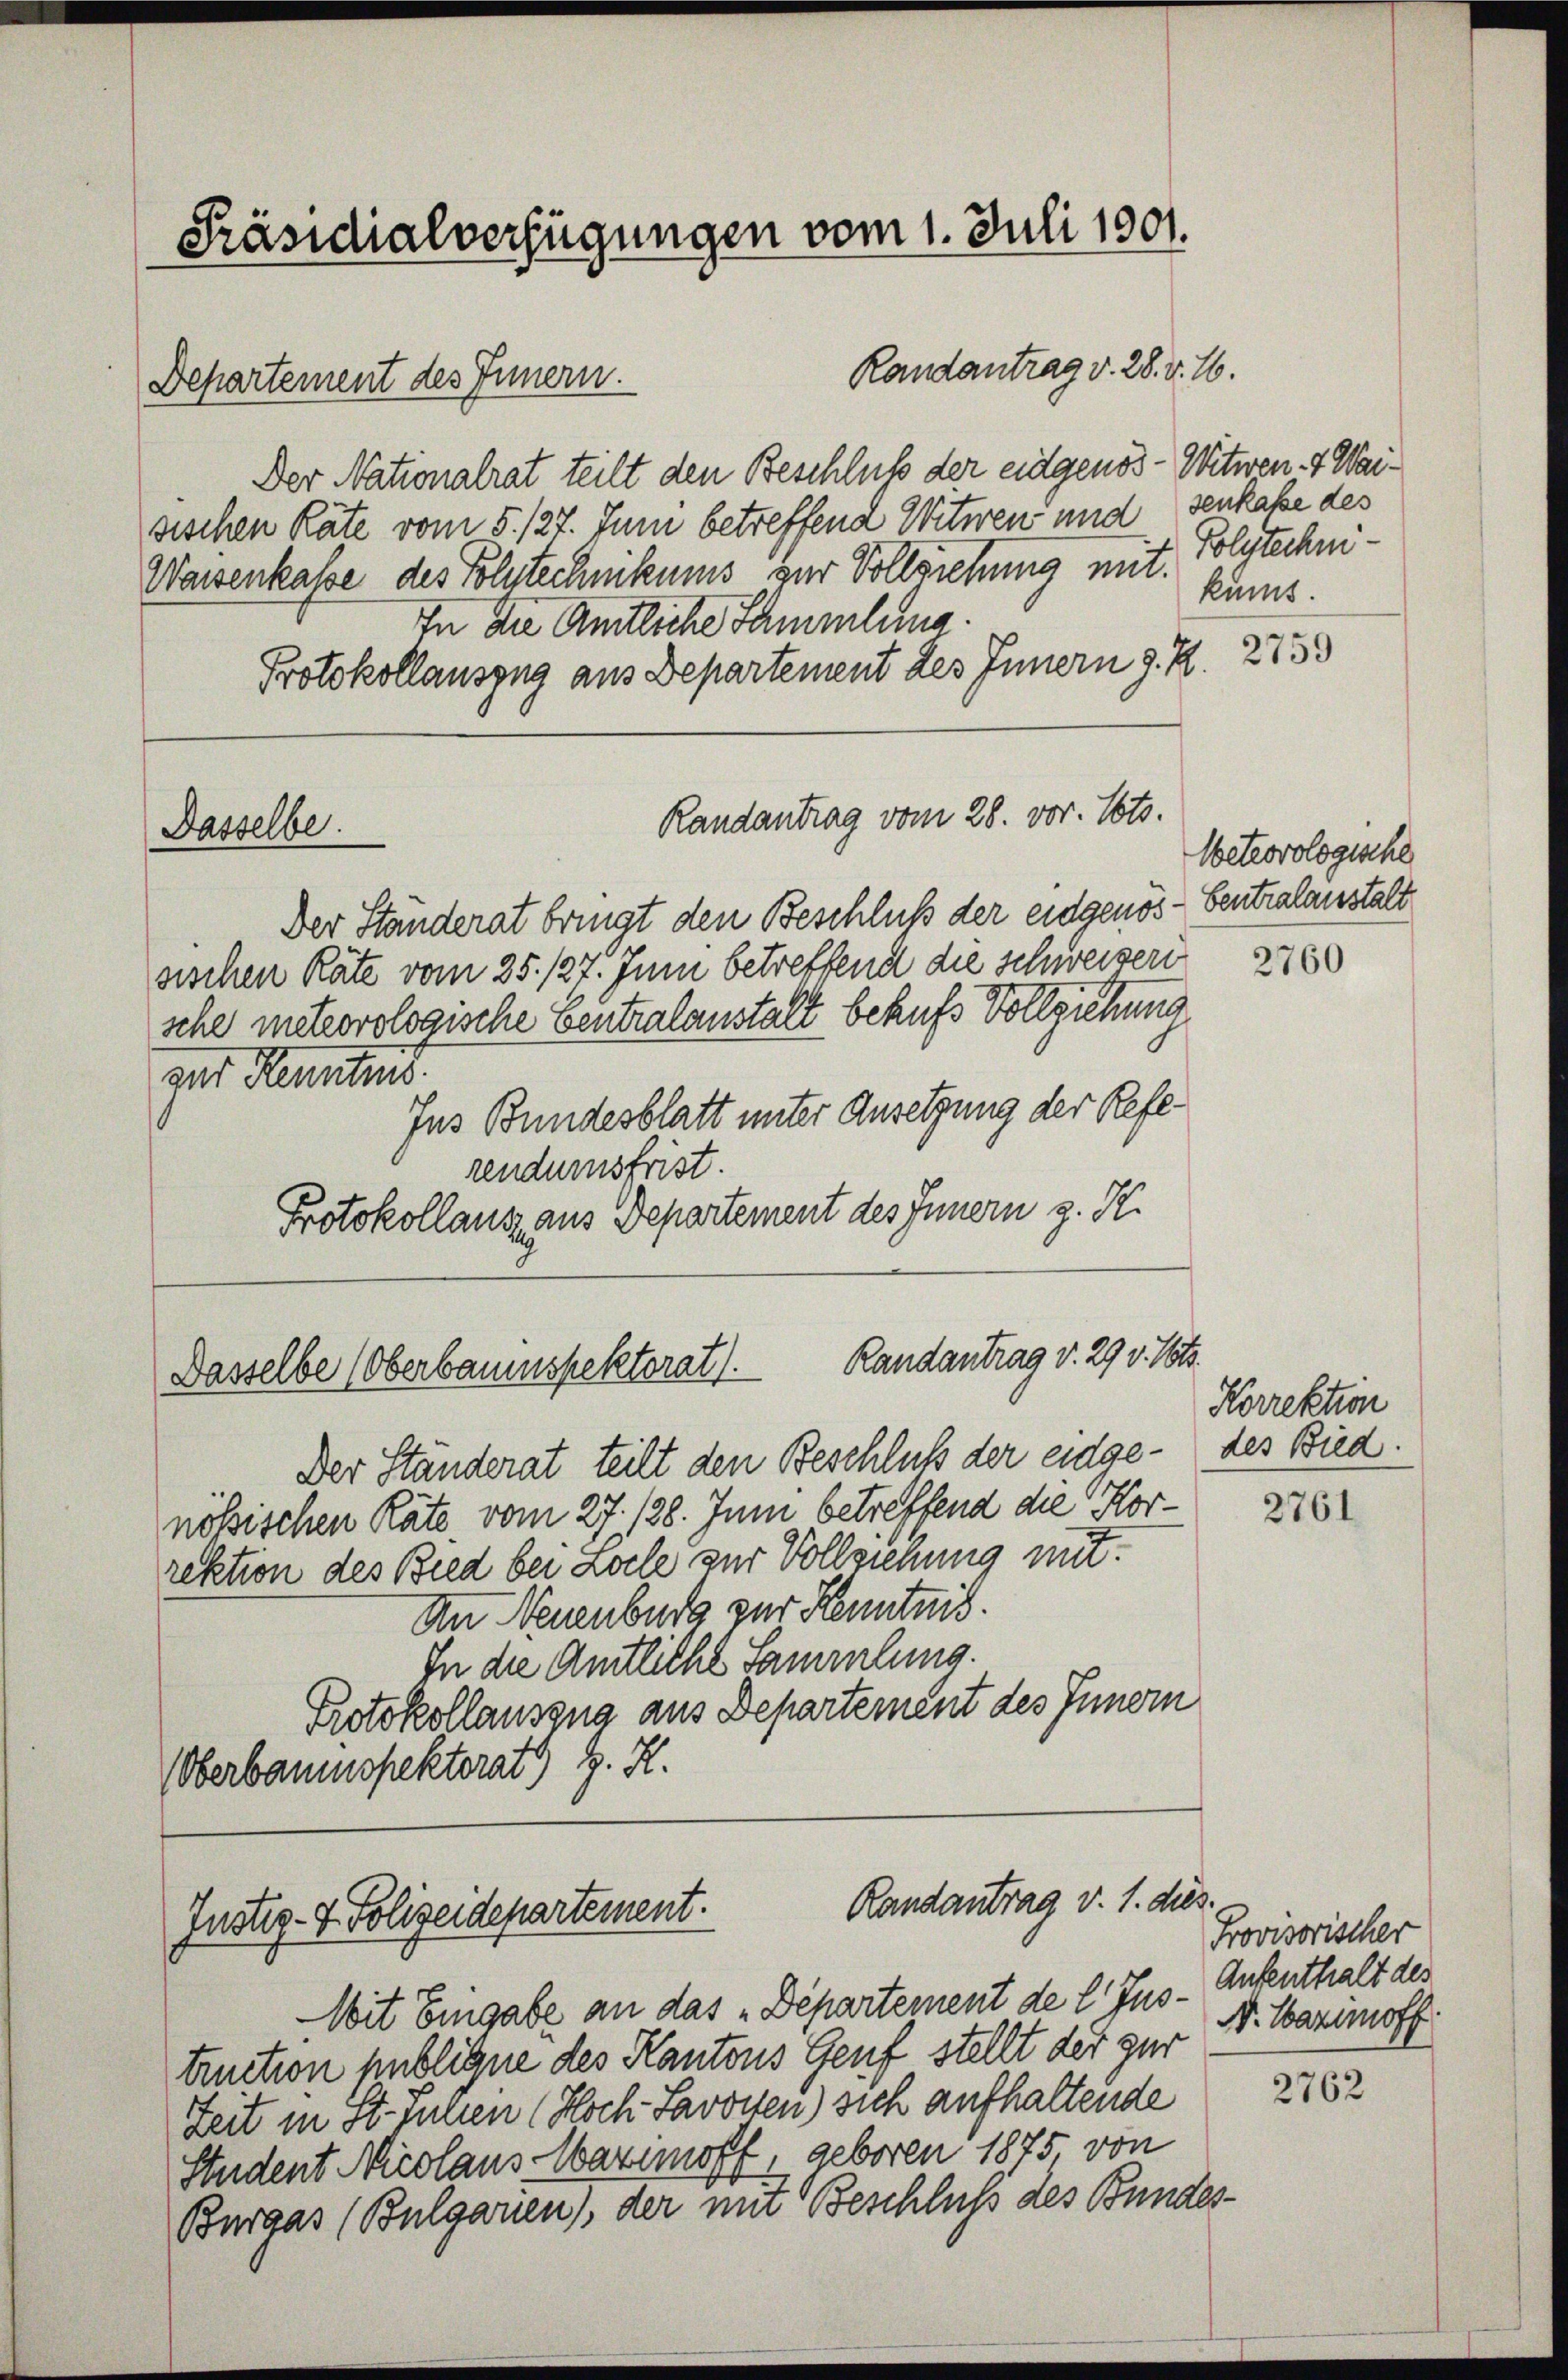
Präsidialverfügungen vom 1. Juli 1901.

Departement des Innern.
Der Nationalrat teilt den Beschluß der eidgenos-Witwen 4 Waisischen Räte vom 5. 127. Juni betreffend Witwen und senkasse des
Waisenkasse des Tolntechnikums zur Vollziehung mit. Polytechni¬
In die Amtliche Sammlung.
Protokollauszug aus Departement des Innern d. R.
Randantrag vom 28. vor. Voto.
Dasselbe.
Der Ständerat bringt den Beschluß der eidgenös- Centralanstalt
sischen Räte vom 25. 127. Juni betreffend die schweizer
sche meteorologische Centralanstalt behufs Vollziehung
gat Kenntnis
Ins Bundesblatt unter Ansetzung der Referendumsfrist.
Protokollantz aus Departement des Innern z. K.

Der Ständerat teilt den Beschluß der eidgenössischen Rate vom 27. 128. Juni betreffend die Korrektion des Bied bei Loche zur Vollziehung mit
An Neuenburg zur Kenntnis.
In die Amtliche Sammlung.
Protokollaussna aus Departement des Innern
(Oberbaumspektorat J. H.

Dasselbe (Oberbauenspektorat). Randantrag v. 29 v. Mts.

Randantrag v. 28. v. 16.

Randantrag v. 1. dies
Justiz- & Polizeidepartement.

Mit Eingabe an das „Departement de l. Jus - Aufenthalt des
truction publique des Kantons Genf stellt der zur
Zeit in St. Julien (Hoch Savoiten) sich aufhaltende
Student Nicolaus Maximoff, geboren 1875 von
Burgas (Bulgarien), der mit Beschluss des Bundes-

2759

kumt.

Weteorologische

2760

Korrektion
des Bied.

2761

Provisorischer
N. Warnoff

2762